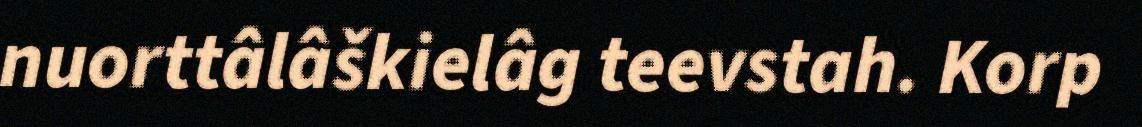
nuorttâlâškielâg teevstah. Korp